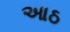
આઠ